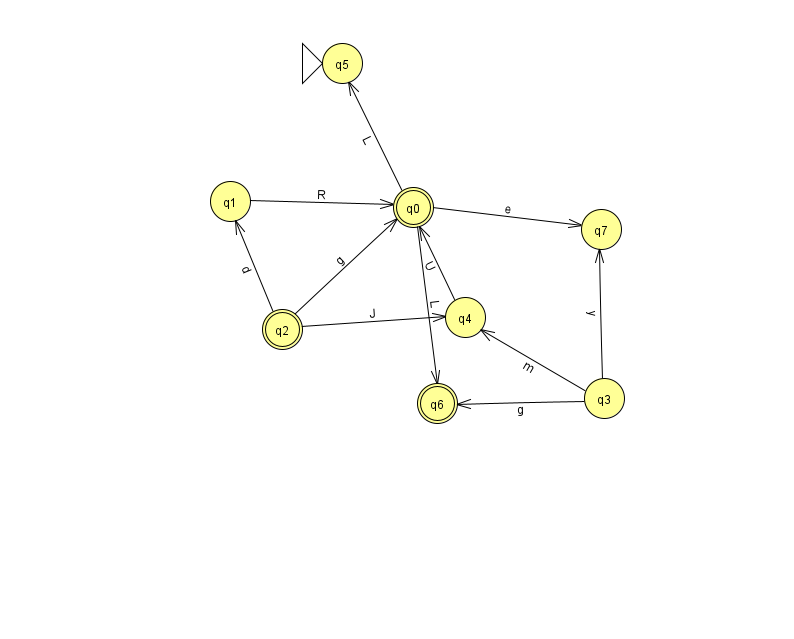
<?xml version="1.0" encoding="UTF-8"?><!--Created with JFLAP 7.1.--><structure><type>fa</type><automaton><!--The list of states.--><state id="0" name="q0"><x>413.0</x><y>194.0</y><final/></state><state id="1" name="q1"><x>230.0</x><y>188.0</y></state><state id="2" name="q2"><x>282.0</x><y>316.0</y><final/></state><state id="3" name="q3"><x>604.0</x><y>385.0</y></state><state id="4" name="q4"><x>465.0</x><y>304.0</y></state><state id="5" name="q5"><x>342.0</x><y>50.0</y><initial/></state><state id="6" name="q6"><x>437.0</x><y>390.0</y><final/></state><state id="7" name="q7"><x>601.0</x><y>216.0</y></state><!--The list of transitions.--><transition><from>3</from><to>6</to><read>g</read></transition><transition><from>4</from><to>0</to><read>U</read></transition><transition><from>2</from><to>0</to><read>g</read></transition><transition><from>3</from><to>7</to><read>y</read></transition><transition><from>0</from><to>6</to><read>L</read></transition><transition><from>0</from><to>7</to><read>e</read></transition><transition><from>3</from><to>4</to><read>m</read></transition><transition><from>0</from><to>5</to><read>L</read></transition><transition><from>2</from><to>1</to><read>d</read></transition><transition><from>1</from><to>0</to><read>R</read></transition><transition><from>2</from><to>4</to><read>J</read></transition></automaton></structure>